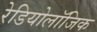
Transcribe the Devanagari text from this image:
रेडियोलॉजिक